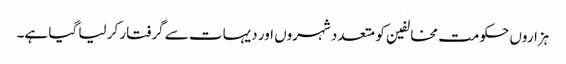
ہزاروں حکومت مخالفین کو متعدد شہروں اور دیہات سے گرفتار کر لیا گیا ہے۔